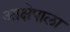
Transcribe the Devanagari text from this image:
आक्षेपाला